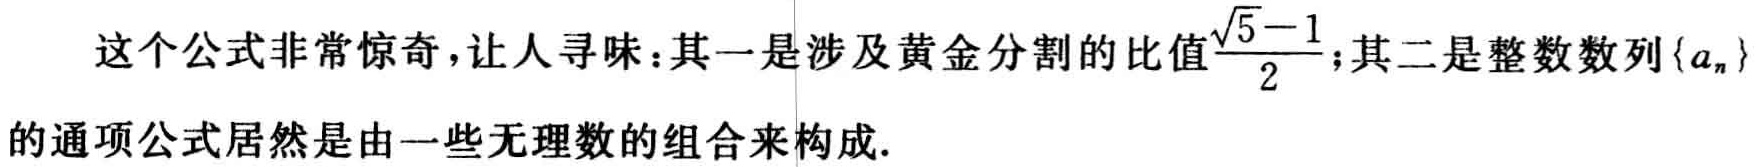
这个公式非常惊奇，让人寻味：其一是涉及黄金分割的比值$\frac{\sqrt{5}-1}{2}$；其二是整数数列$\{a_{n}\}$的通项公式居然是由一些无理数的组合来构成.